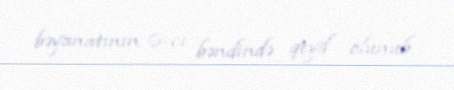
bəyanatının 6-cı bəndində qeyd olunub.